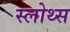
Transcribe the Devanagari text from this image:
स्लोथ्स